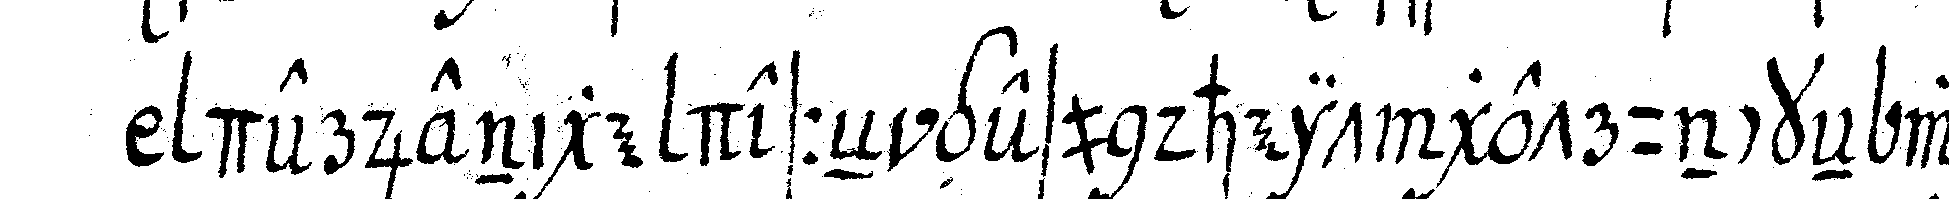
derjenige desseN gesundheit getrunckeN wird